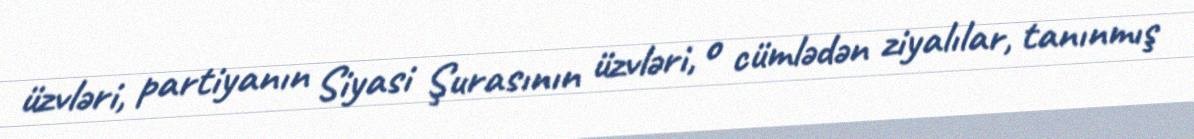
üzvləri, partiyanın Siyasi Şurasının üzvləri, o cümlədən ziyalılar, tanınmış